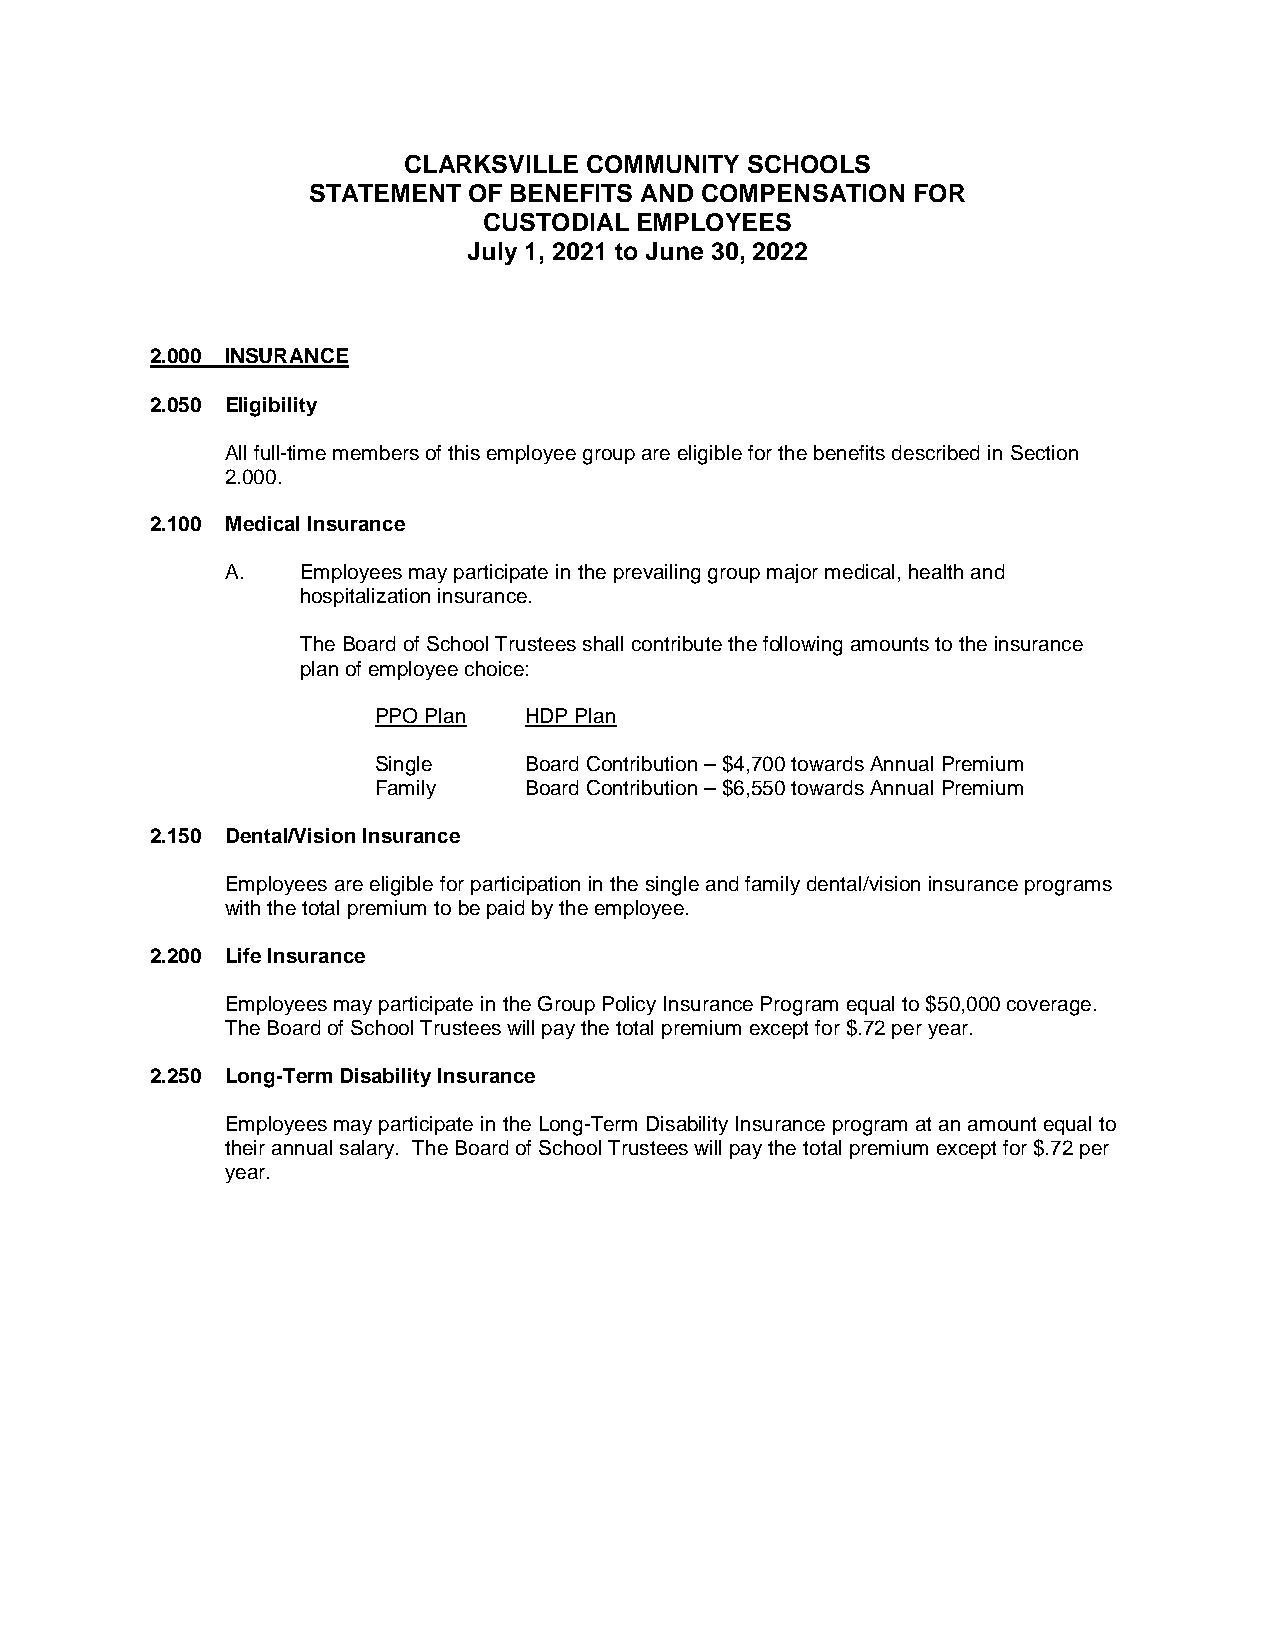
CLARKSVILLE COMMUNITY SCHOOLS
 STATEMENT  OF BENEFITS AND COMPENSATION FOR
 CUSTODIAL EMPLOYEES
 July 1, 2021 to June 30, 2022
 2.000 INSURANCE
 2.050 Eligibility
 All full-time members of this employee group are eligible for the benefits described in Section
 2.000.
 2.100 Medical Insurance
 A.   Employees may participate in the prevailing group major medical, health and
 hospitalization insurance.
 The Board of School Trustees shall contribute the following amounts to the insurance
 plan of employee choice:
 PPO Plan  HDP Plan
 Single    Board Contribution – $4,700 towards Annual Premium
 Family    Board Contribution – $6,550 towards Annual Premium
 2.150 Dental/Vision Insurance
 Employees are eligible for participation in the single and family dental/vision insurance programs
 with the total premium to be paid by the employee.
 2.200 Life Insurance
 Employees may participate in the Group Policy Insurance Program equal to $50,000 coverage.
 The Board of School Trustees will pay the total premium except for $.72 per year.
 2.250 Long-Term Disability Insurance
 Employees may participate in the Long-Term Disability Insurance program at an amount equal to
 their annual salary. The Board of School Trustees will pay the total premium except for $.72 per
 year.